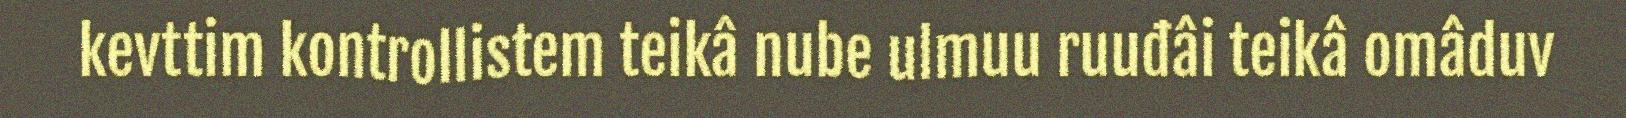
kevttim kontrollistem teikâ nube ulmuu ruuđâi teikâ omâduv